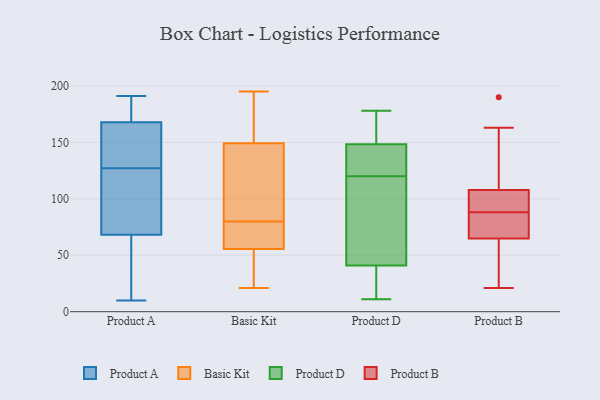
{"axis": {"x": "Active Users", "y": "Value"}, "legend": ["Basic Kit", "Product A", "Product B", "Product D"], "data": [{"x": "", "y": 155, "type": "Product A"}, {"x": "", "y": 25, "type": "Product A"}, {"x": "", "y": 140, "type": "Product A"}, {"x": "", "y": 172, "type": "Product A"}, {"x": "", "y": 84, "type": "Product A"}, {"x": "", "y": 172, "type": "Product A"}, {"x": "", "y": 146, "type": "Product A"}, {"x": "", "y": 172, "type": "Product A"}, {"x": "", "y": 10, "type": "Product A"}, {"x": "", "y": 47, "type": "Product A"}, {"x": "", "y": 127, "type": "Product A"}, {"x": "", "y": 69, "type": "Product A"}, {"x": "", "y": 68, "type": "Product A"}, {"x": "", "y": 191, "type": "Product A"}, {"x": "", "y": 120, "type": "Product A"}, {"x": "", "y": 83, "type": "Basic Kit"}, {"x": "", "y": 48, "type": "Basic Kit"}, {"x": "", "y": 35, "type": "Basic Kit"}, {"x": "", "y": 21, "type": "Basic Kit"}, {"x": "", "y": 66, "type": "Basic Kit"}, {"x": "", "y": 195, "type": "Basic Kit"}, {"x": "", "y": 58, "type": "Basic Kit"}, {"x": "", "y": 62, "type": "Basic Kit"}, {"x": "", "y": 175, "type": "Basic Kit"}, {"x": "", "y": 145, "type": "Basic Kit"}, {"x": "", "y": 162, "type": "Basic Kit"}, {"x": "", "y": 95, "type": "Basic Kit"}, {"x": "", "y": 80, "type": "Basic Kit"}, {"x": "", "y": 117, "type": "Product D"}, {"x": "", "y": 129, "type": "Product D"}, {"x": "", "y": 90, "type": "Product D"}, {"x": "", "y": 178, "type": "Product D"}, {"x": "", "y": 150, "type": "Product D"}, {"x": "", "y": 149, "type": "Product D"}, {"x": "", "y": 70, "type": "Product D"}, {"x": "", "y": 14, "type": "Product D"}, {"x": "", "y": 164, "type": "Product D"}, {"x": "", "y": 127, "type": "Product D"}, {"x": "", "y": 11, "type": "Product D"}, {"x": "", "y": 148, "type": "Product D"}, {"x": "", "y": 12, "type": "Product D"}, {"x": "", "y": 120, "type": "Product D"}, {"x": "", "y": 17, "type": "Product D"}, {"x": "", "y": 140, "type": "Product D"}, {"x": "", "y": 49, "type": "Product D"}, {"x": "", "y": 36, "type": "Product B"}, {"x": "", "y": 61, "type": "Product B"}, {"x": "", "y": 89, "type": "Product B"}, {"x": "", "y": 163, "type": "Product B"}, {"x": "", "y": 105, "type": "Product B"}, {"x": "", "y": 88, "type": "Product B"}, {"x": "", "y": 94, "type": "Product B"}, {"x": "", "y": 87, "type": "Product B"}, {"x": "", "y": 21, "type": "Product B"}, {"x": "", "y": 75, "type": "Product B"}, {"x": "", "y": 66, "type": "Product B"}, {"x": "", "y": 116, "type": "Product B"}, {"x": "", "y": 190, "type": "Product B"}]}